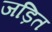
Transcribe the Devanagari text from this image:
जड़ित